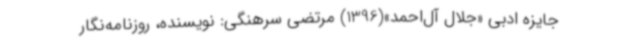
جایزه ادبی «جلال ‌آل‌احمد»(1396) مرتضی سرهنگی: نویسنده، روزنامه‌نگار